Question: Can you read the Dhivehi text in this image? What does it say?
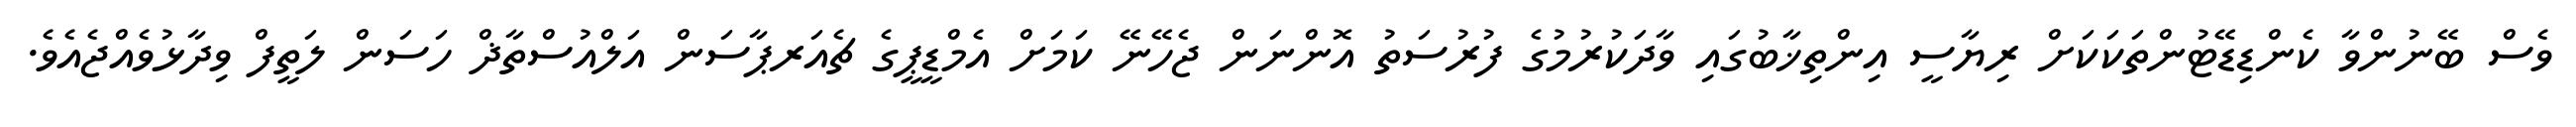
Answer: ވެސް ބޭނުންވާ ކެންޑިޑޭޓުންތަކަކަށް ރިޔާސީ އިންތިޚާބުގައި ވާދަކުރުމުގެ ފުރުސަތު އޮންނަން ޖެހޭނޭ ކަމަށް އެމްޑީޕީގެ ޗެއަރޕާސަން އަލްއުސްތާޛް ހަސަން ލަތީފް ވިދާޅުވެއްޖެއެވެ.